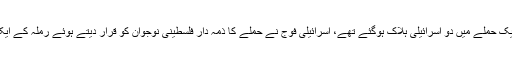
واضح رہے کہ دو روز قبل اسرائیل میں ایک حملے میں دو اسرائیلی ہلاک ہوگئے تھے، اسرائیلی فوج نے حملے کا ذمہ دار فلسطینی نوجوان کو قرار دیتے ہوئے رملہ کے ایک گاؤں میں چھاپا مار کارروائی کی تھی۔